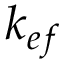
k _ { e f }